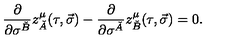
\frac { \partial } { \partial \sigma ^ { \check { B } } } z _ { \check { A } } ^ { \mu } ( \tau , \vec { \sigma } ) - \frac { \partial } { \partial \sigma ^ { \check { A } } } z _ { \check { B } } ^ { \mu } ( \tau , \vec { \sigma } ) = 0 .